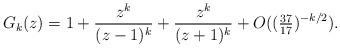
LaTeX: \begin{align*} G_k(z) = 1 + \frac{z^k}{(z-1)^k} + \frac{z^k}{(z+1)^k} + O((\tfrac{37}{17})^{-k/2}). \end{align*}